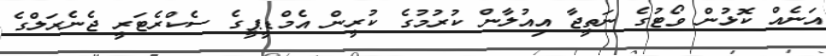
އަނެއް ކޮޅުން ވޯޓުގެ ނަތީޖާ އިއުލާން ކުރުމުގެ ކުރީން އެމްޑީޕީގެ ސެކްރެޓަރީ ޖެނެރަލްގެ